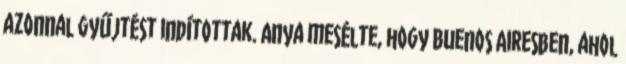
azonnal gyűjtést indítottak. Anya mesélte, hogy Buenos Airesben, ahol